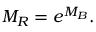
M _ { R } = e ^ { M _ { B } } .